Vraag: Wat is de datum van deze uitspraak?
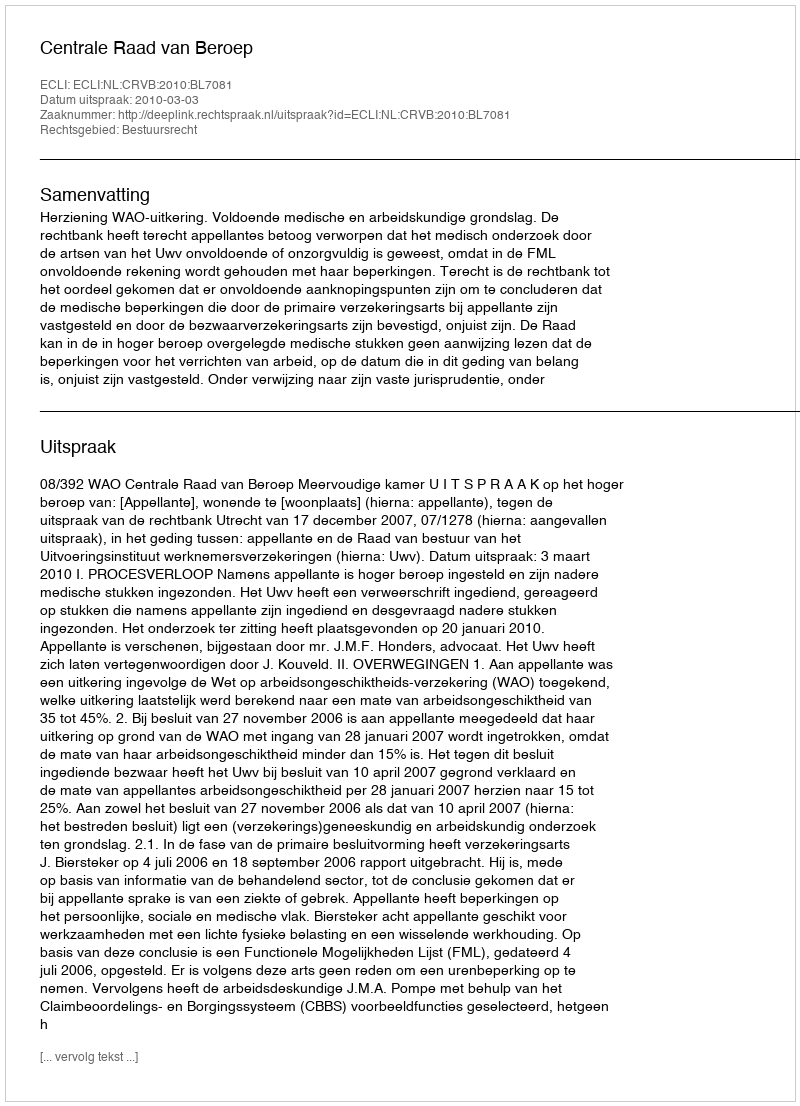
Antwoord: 2010-03-03